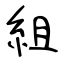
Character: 組